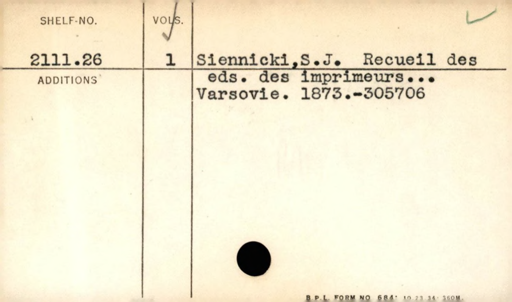
Label: divider